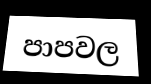
පාපවල